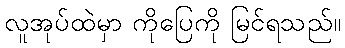
လူအုပ်ထဲမှာ ကိုပြေကို မြင်ရသည်။